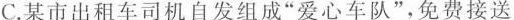
C.某市出租车司机自发组成”爱心车队”，免费接送